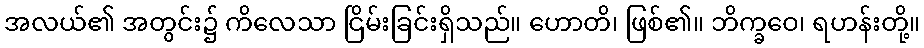
အလယ်၏ အတွင်း၌ ကိလေသာ ငြိမ်းခြင်းရှိသည်။ ဟောတိ၊ ဖြစ်၏။ ဘိက္ခဝေ၊ ရဟန်းတို့။